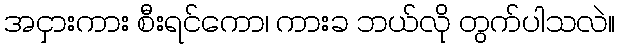
အငှားကား စီးရင်ကော၊ ကားခ ဘယ်လို တွက်ပါသလဲ။